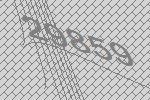
29859